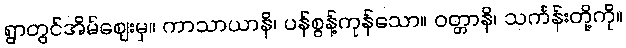
ရွာတွင်အိမ်ဈေးမှ။ ကာသာယာနိ၊ ပန်စွန့်ကုန်သော။ ဝတ္တာနိ၊ သင်္ကန်းတို့ကို။